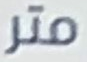
متر